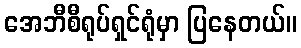
အေဘီစီရုပ်ရှင်ရုံမှာ ပြနေတယ်။